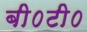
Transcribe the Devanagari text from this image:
बी०टी०